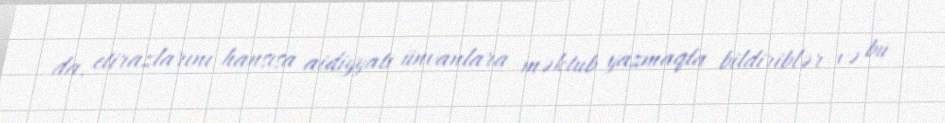
da, etirazlarını hansısa aidiyyatı ünvanlara məktub yazmaqla bildiriblər və bu